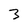
Character: 3